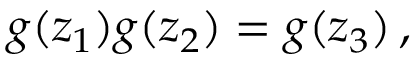
g ( z _ { 1 } ) g ( z _ { 2 } ) = g ( z _ { 3 } ) \, ,